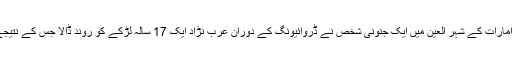
03 جون2018ء) متحدہ عرب امارات کے شہر العین میں ایک جنونی شخص نے ڈروائیونگ کے دوران عرب نڑاد ایک 17 سالہ لڑکے کو روند ڈالا جس کے نتیجے میں اس کی موت واقع ہوگئی۔